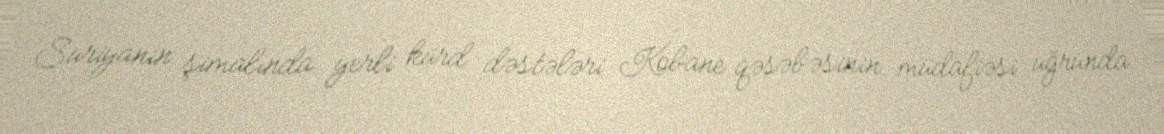
Suriyanın şimalında yerli kürd dəstələri Kobane qəsəbəsinin müdafiəsi uğrunda